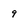
Character: 9